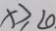
x \geq 2 0